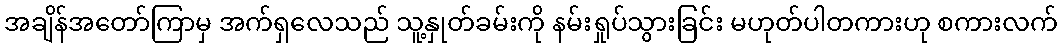
အချိန်အတော်ကြာမှ အက်ရှလေသည် သူ့နှုတ်ခမ်းကို နမ်းရှုပ်သွားခြင်း မဟုတ်ပါတကားဟု စကားလက်